65_HS1-834228961_62-HQ-83894_Section_1
Agency: FBI
Page 147
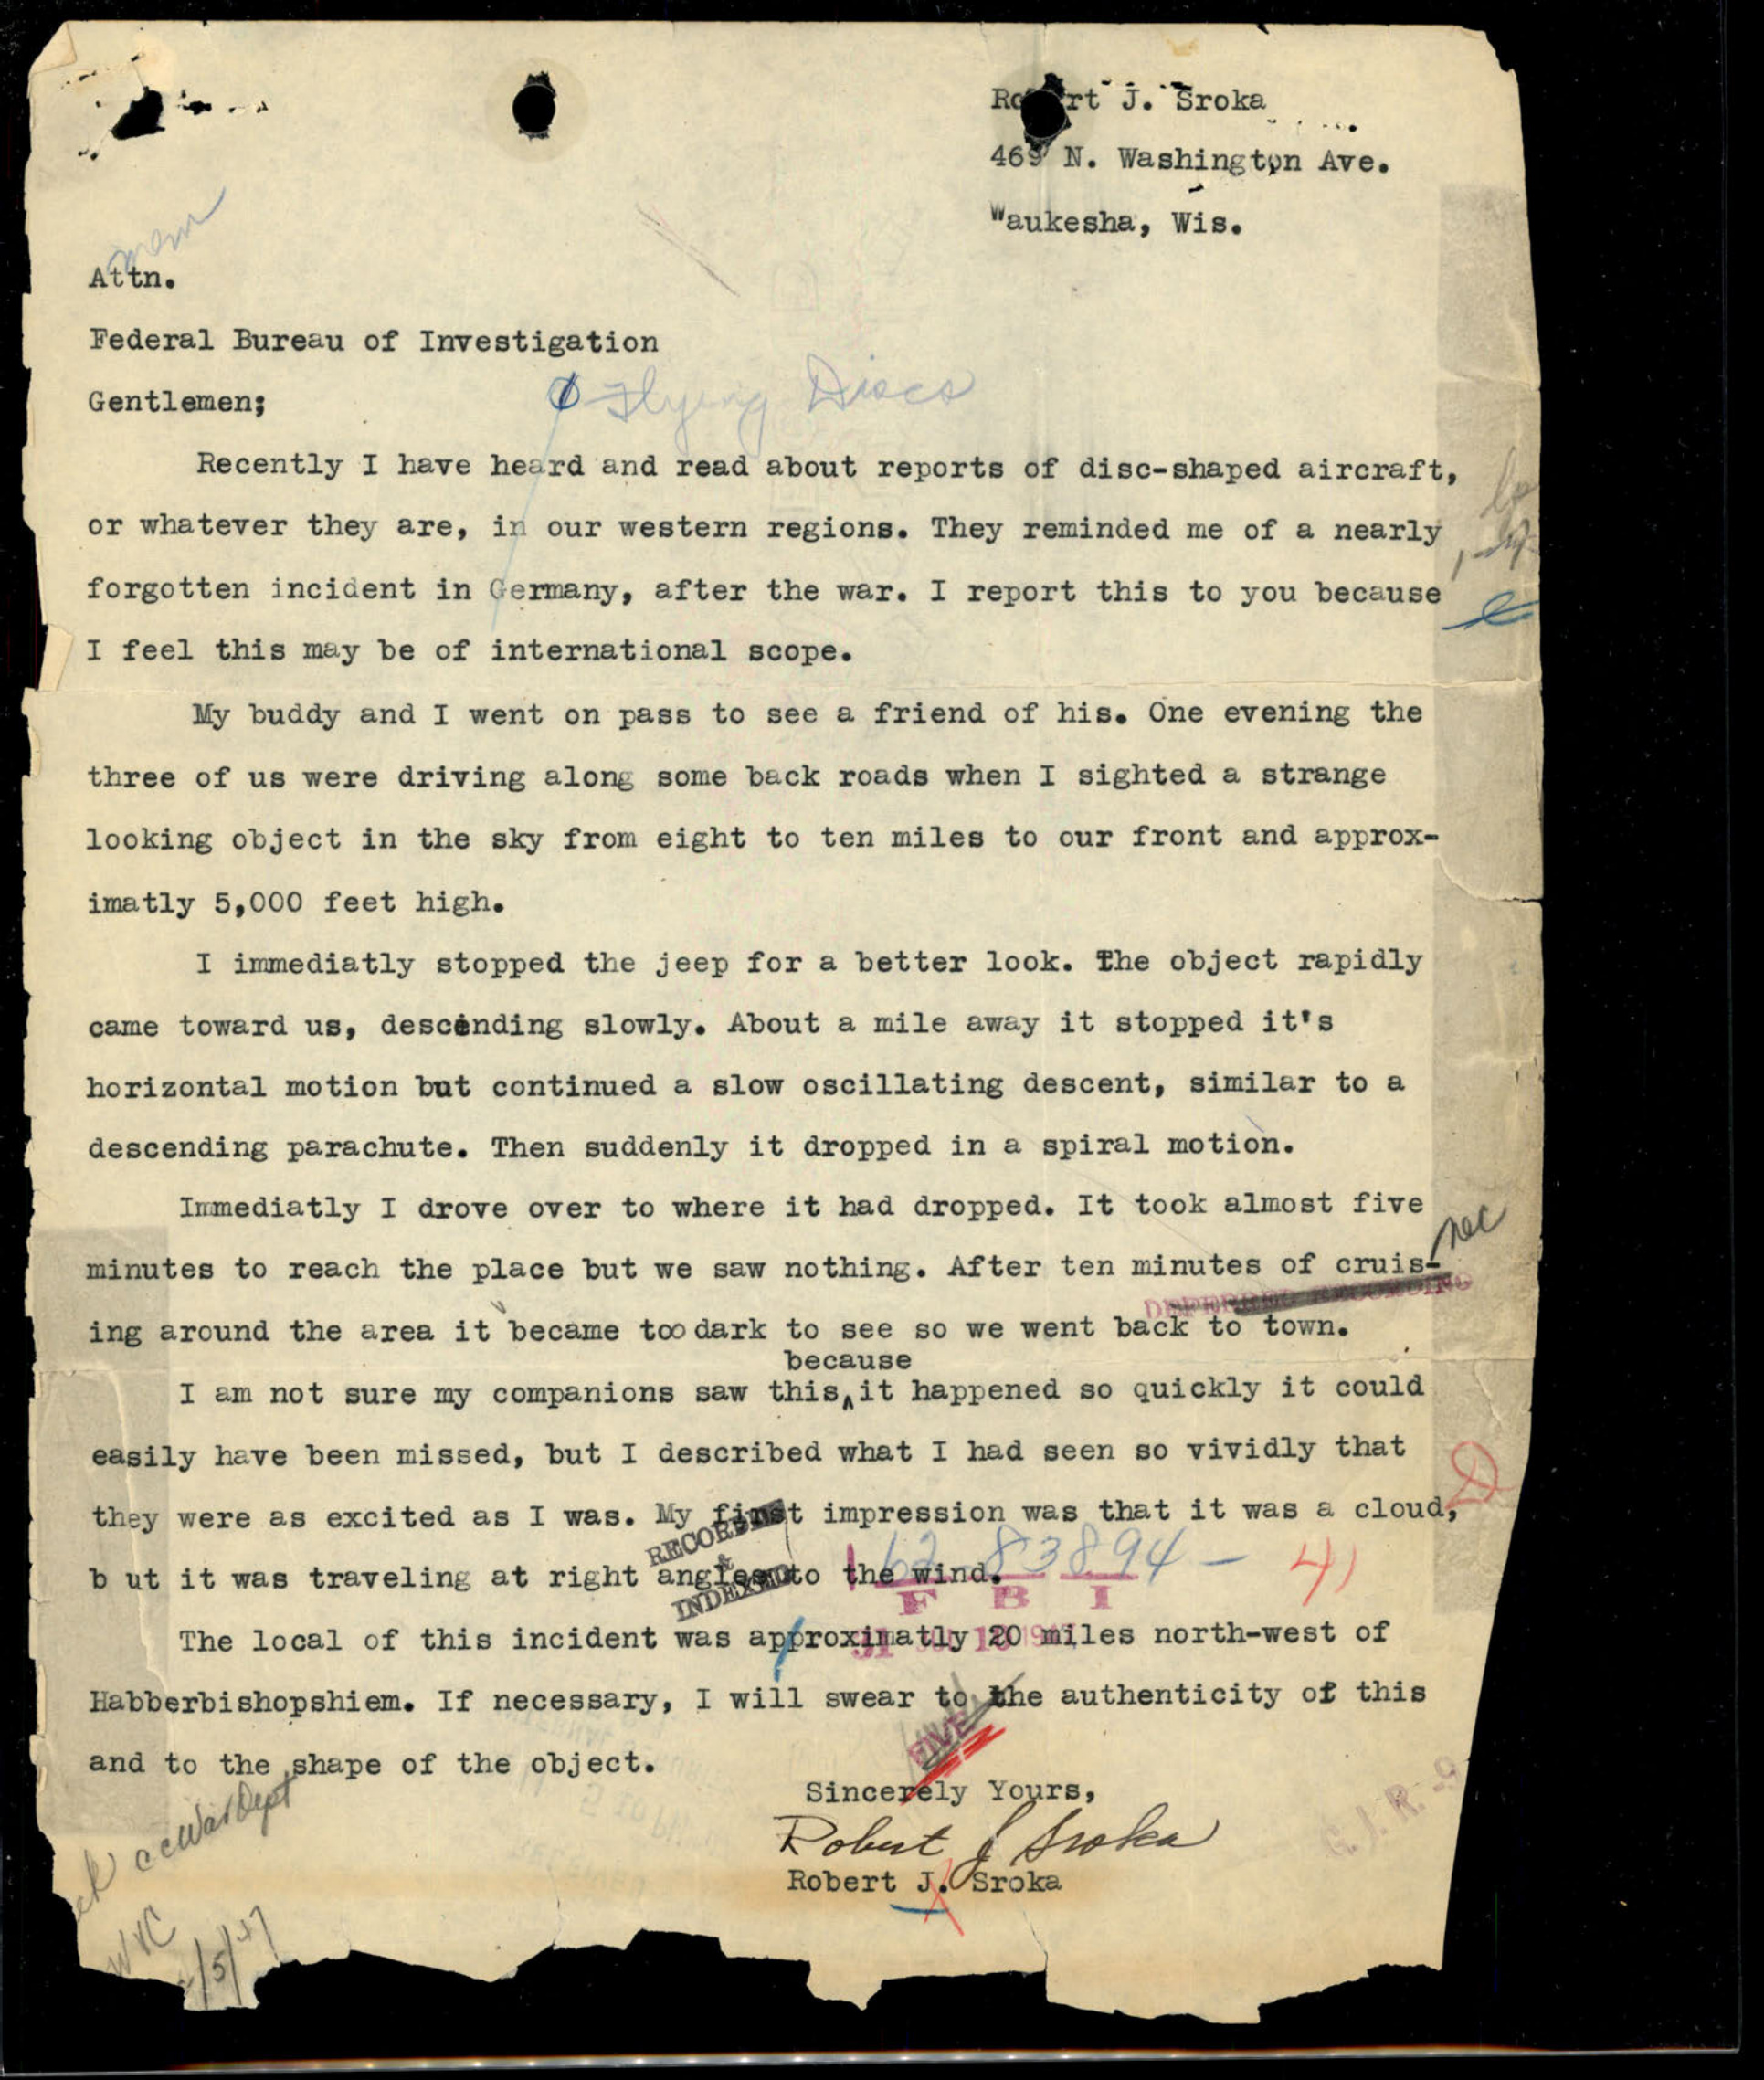